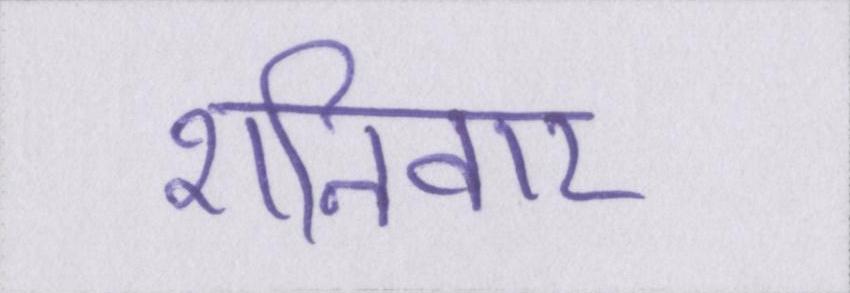
शनिवार